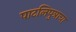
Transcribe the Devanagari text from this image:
पाटलिपुत्राचा